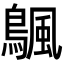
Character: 𬷣